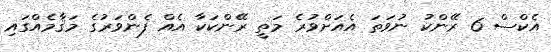
އެކްސް 6 ރޭންކު ނުވަތަ އެއަށްވުރެ މަތީ ރޭންކަކާ އެއް ފެންވަރުގެ މަޤާމެއްގައި